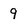
Character: 9